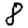
Digit: 8